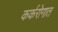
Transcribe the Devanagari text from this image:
कर्करोगात